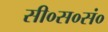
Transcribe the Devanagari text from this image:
सी०स०सं०